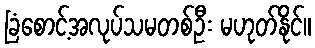
ခြံစောင့်အလုပ်သမတစ်ဦး မဟုတ်နိုင်။